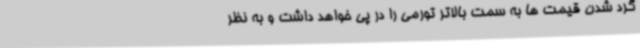
گرد شدن قیمت ها به سمت بالاتر تورمی را در پی خواهد داشت و به نظر